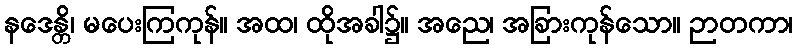
နဒေန္တိ၊ မပေးကြကုန်။ အထ၊ ထိုအခါ၌။ အညေ၊ အခြားကုန်သော။ ဉာတကာ၊